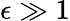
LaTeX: \epsilon\gg 1